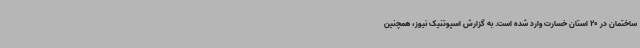
ساختمان در 20 استان خسارت وارد شده است. به گزارش اسپوتنیک نیوز، همچنین